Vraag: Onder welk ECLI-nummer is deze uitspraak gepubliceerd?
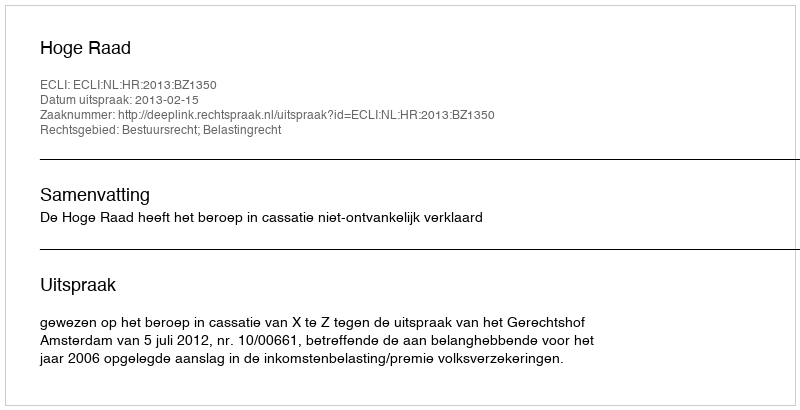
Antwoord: ECLI:NL:HR:2013:BZ1350